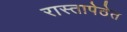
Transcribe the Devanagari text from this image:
रास्तापेठेत